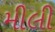
મીલી